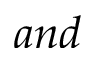
a n d